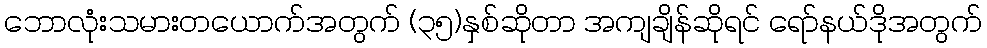
ဘောလုံးသမားတယောက်အတွက် (၃၅)နှစ်ဆိုတာ အကျချိန်ဆိုရင် ရော်နယ်ဒိုအတွက်